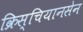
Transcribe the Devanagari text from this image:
क्रिस्चियानसेन